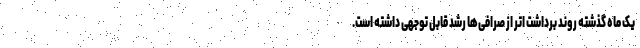
یک ماه گذشته روند برداشت اتر از صرافی‌ها رشد قابل توجهی داشته است.